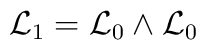
{\cal L}_1 = {\cal L}_0 \wedge {\cal L}_0